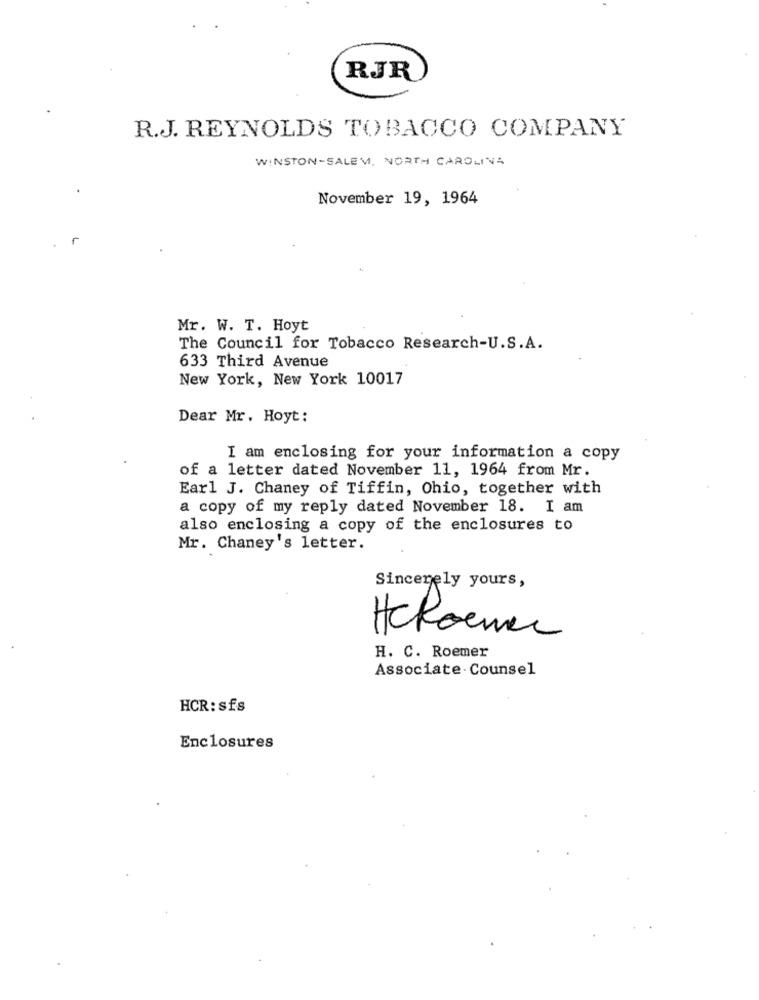
RJR
R.J. REYNOLDS TOBACCO COMPANY
WINSTON-SALEM, NORTH CAROLINA
November 19, 1964
Mr. W. T. Hoyt
The Council for Tobacco Research-U.S.A.
633 Third Avenue
New York, New York 10017
Dear Mr. Hoyt:
I am enclosing for your information a copy
of a letter dated November 11, 1964 from Mr.
Earl J. Chaney of Tiffin, Ohio, together with
a copy of my reply dated November 18. I am
also enclosing a copy of the enclosures to
Mr. Chaney's letter.
Sincerely yours,
HeRoma
H. C. Roemer
Associate- Counsel
HCR: sfs
Enclosures